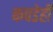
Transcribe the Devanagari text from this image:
कपडेही